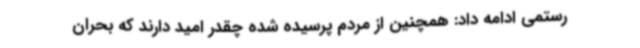
رستمی ادامه داد: همچنین از مردم پرسیده شده چقدر امید دارند که بحران